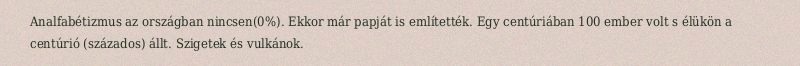
Analfabétizmus az országban nincsen(0%). Ekkor már papját is említették. Egy centúriában 100 ember volt s élükön a centúrió (százados) állt. Szigetek és vulkánok.